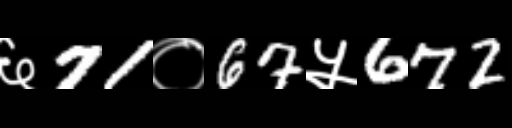
Text: ६71०67५672